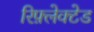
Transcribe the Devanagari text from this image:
रिफ़्लेक्टेड